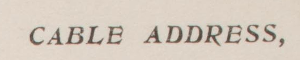
CABLE ADDRESS,